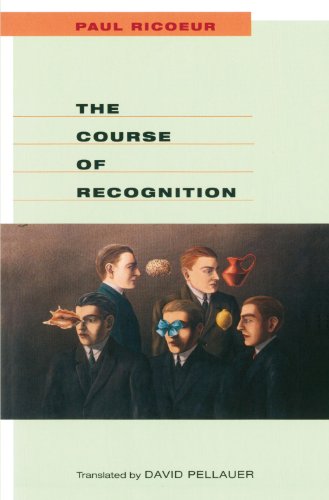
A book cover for The Course of Recognition (Institute for Human Sciences Vienna Lecture Series); Paul Ricoeur; Medical Books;